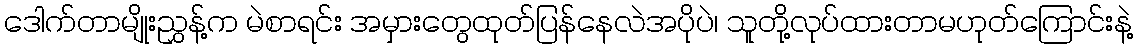
ဒေါက်တာမျိုးညွှန့်က မဲစာရင်း အမှားတွေထုတ်ပြန်နေလဲအပိုပဲ၊ သူတို့လုပ်ထားတာမဟုတ်ကြောင်းနဲ့